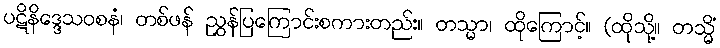
ပဋိနိဒ္ဒေသဝစနံ၊ တစ်ဖန် ညွှန်ပြကြောင်းစကားတည်း။ တသ္မာ၊ ထိုကြောင့်။ (ထိုသို့။ တသ္မိံ